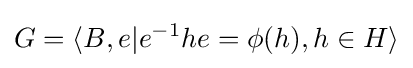
G=\langle B,e|e^{-1}he=\phi (h),h\in H\rangle